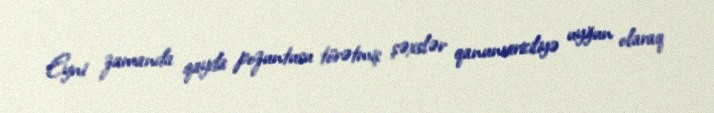
Eyni zamanda qayda pozuntusu törətmiş şəxslər qanunvericiliyə uyğun olaraq